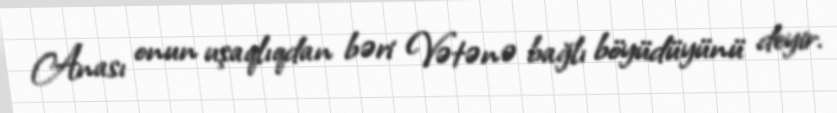
Anası onun uşaqlıqdan bəri Vətənə bağlı böyüdüyünü deyir.